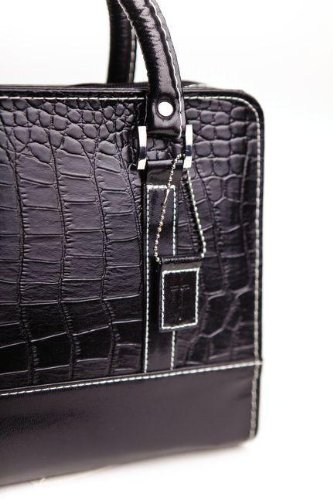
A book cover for Reptile Onyx Bible Cover XL; Zondervan; Christian Books & Bibles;